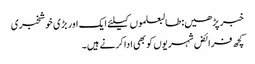
خبر پڑھیں:طالبعلموں کیلئے ایک اور بڑی خوشخبری
کچھ فرائض شہریوں کو بھی ادا کرنے ہیں۔